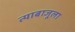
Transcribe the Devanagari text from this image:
त्याबाजूला